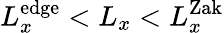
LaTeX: L_{x}^{\mathrm{edge}}<L_{x}<L_{x}^{\mathrm{Zak}}